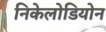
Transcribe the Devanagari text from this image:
निकेलोडियोन